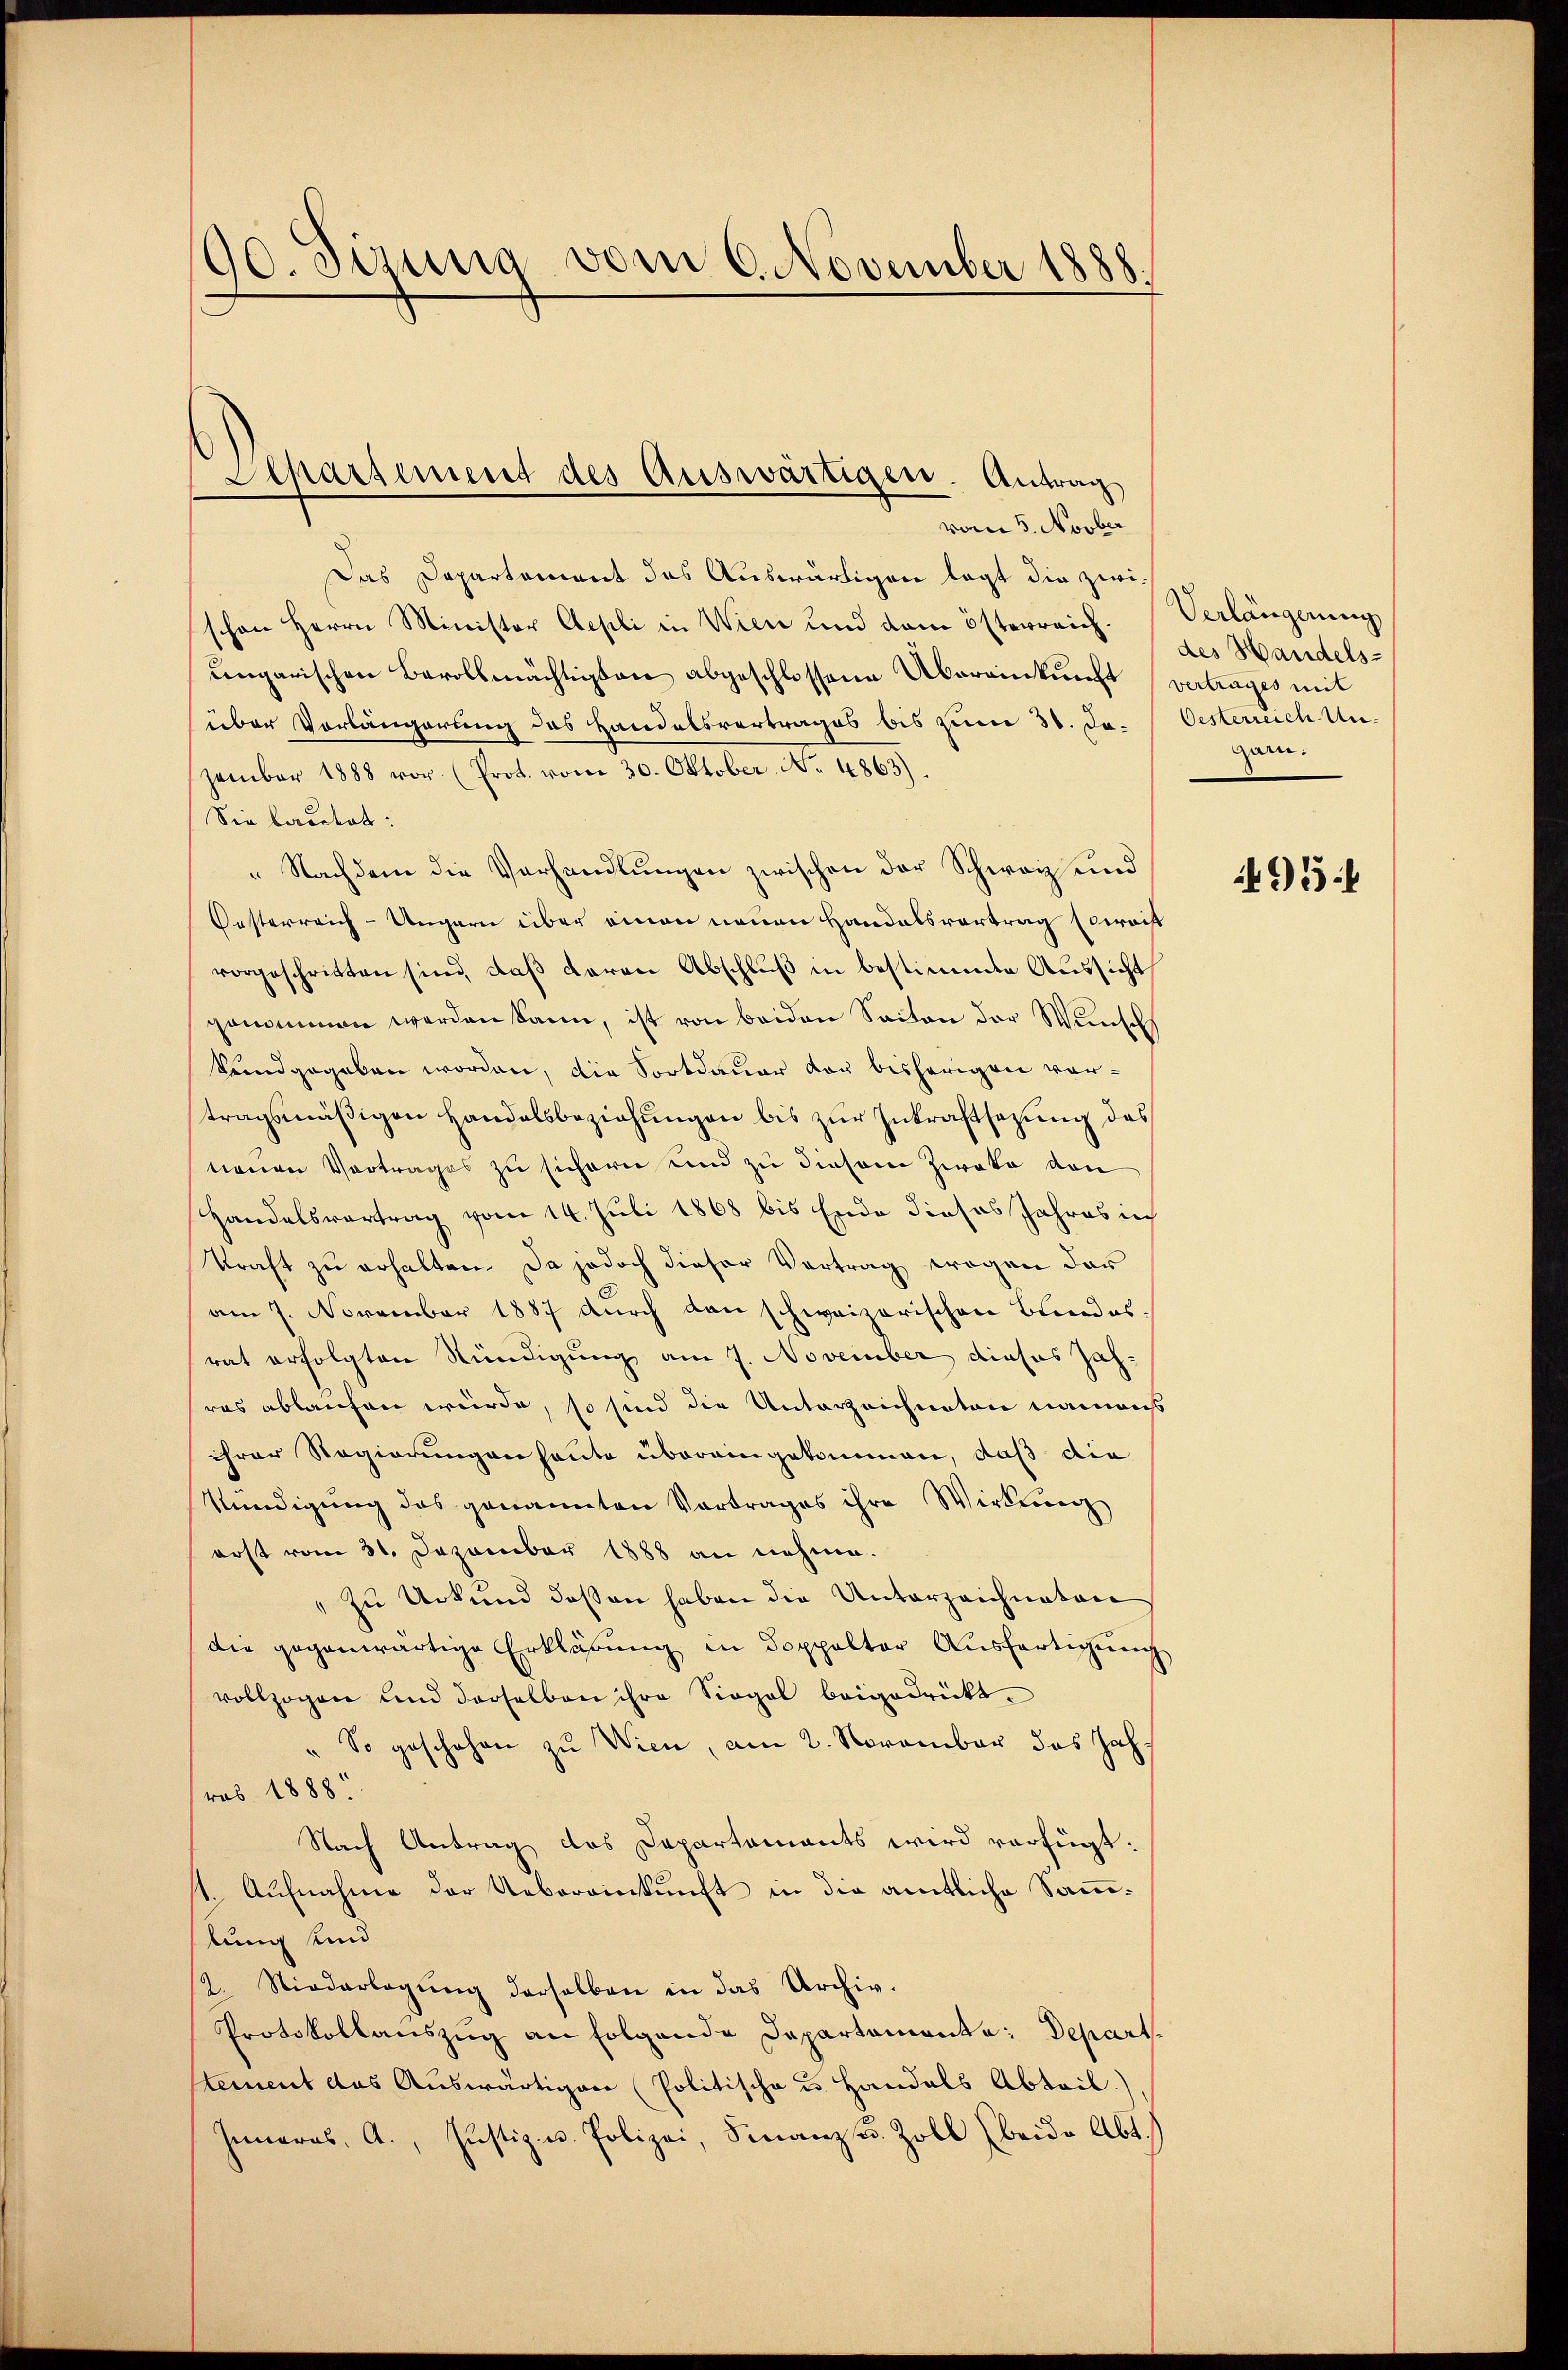
190. Sizung vom 6. November 1888.

Das Departement das Auswärtigen legt die zwischon Herrn Minister Aepli in Wien und dem österreich. Verlängerung
ungarischen Bevollmächtigten abgeschlossene Übereinkunft vertrages mit
über Vorlängerung des Handelsvertrages bis zum 30. Da-Oesterreich Unzember 1888 vor. (Prot. vom 30. Oktober No. 4863)
Sie berector:
"Nachdem die Verhandlungen zwischen der Schwarz und
Oesterreich-Ungarn über einen neuen Handelsvortrag sowacht
vorgeschritten sind, daß daran Abschluß in bestimmte Aussicht
genommen werden kann, ist von beiden Seiten der Wunsch
kundgegeben worden, die Fortdauer vor bisherigen vortragsmäßigen Handelsbeziehungen bis zur Inkraftsetzung des
nenen Vortrages zu sichern und zu diesem Zirka ven
Handelsvertrag vom 14. Juli 1868 bis Ende dieses Jahres in
kraft zu erhalten. Da jedoch dieser Vortrag wegen der
am 7. November 1887 durch den schweizerischen Bundesrat erfolgten Kündigung am 7. November dieses Jahras ablaufen würde, so sind die Unterzeichneten nannigs
ihrer Regierungen heute übereingekommen, daß die
kündigung des genannten Vortrages ihre Wirkung
erst vom 31. Dezember 1888 an nehme.
" zu Urkund dessen haben die Unterzeichneten
die gegenwärtige Erklärŭng in doppelter Aŭsfertigŭng
vollzogen und derselben ihre Siegel beigedrückt.
So geschehen zu Wien, am 2. November das Jahrob. 1888.
Nach Antrag des Dapartaments wird verfügt:
st. Aufnahme der Uebereinkunft in die amtliche Sammlung und
12. Niederlegŭng derselben in das Archiv.
Protokollauszug an folgende Departamente: Depart
stement das Auswärtigen (Politische u. Handels Abteil)
Inneres, A., Justiz- u. Polizei, Finanz u. Zoll (beide Abt.

Separtiment des Auswärtigen. Antrag
vom 5. Novber

des Handels-
garn.

495.